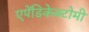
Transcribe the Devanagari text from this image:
एपेंडिकेक्टोमी